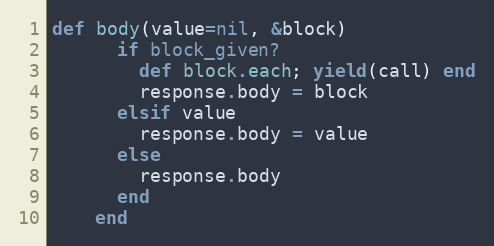
Language: Ruby
def body(value=nil, &block)
      if block_given?
        def block.each; yield(call) end
        response.body = block
      elsif value
        response.body = value
      else
        response.body
      end
    end